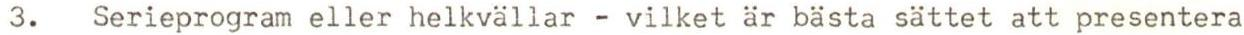
3. Serieprogram eller helkvällar - vilket är bästa sättet att presentera